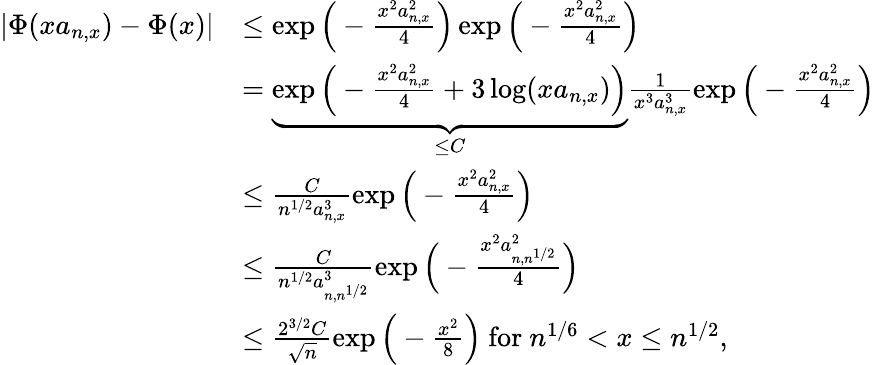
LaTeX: \begin{array}{rl}{|\Phi(xa_{n,x})-\Phi(x)|}&{\leq\exp\Big(-\frac{x^{2}a_{n,x}^{2}}{4}\Big)\exp\Big(-\frac{x^{2}a_{n,x}^{2}}{4}\Big)}\\ &{=\underbrace{\exp\Big(-\frac{x^{2}a_{n,x}^{2}}{4}+3\log(xa_{n,x})\Big)}_{\leq C}\frac{1}{x^{3}a_{n,x}^{3}}\exp\Big(-\frac{x^{2}a_{n,x}^{2}}{4}\Big)}\\ &{\leq\frac{C}{n^{1/2}a_{n,x}^{3}}\exp\Big(-\frac{x^{2}a_{n,x}^{2}}{4}\Big)}\\ &{\leq\frac{C}{n^{1/2}a_{n,n^{1/2}}^{3}}\exp\Big(-\frac{x^{2}a_{n,n^{1/2}}^{2}}{4}\Big)}\\ &{\leq\frac{2^{3/2}C}{\sqrt{n}}\exp\Big(-\frac{x^{2}}{8}\Big)\mathrm{~for~}n^{1/6}<x\leq n^{1/2},}\end{array}